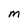
Character: m